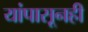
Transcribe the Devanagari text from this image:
यांपासूनही